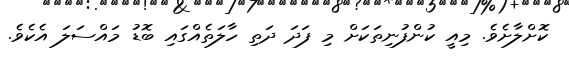
ކޮށްލާށެވެ. މިއީ ކުންފުނިތަކަށް މި ފަދަ ދަތި ހާލަތެއްގައި ބޮޑު މައްސަލަ އެކެވެ.